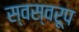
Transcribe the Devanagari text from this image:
स्वस्वरूप